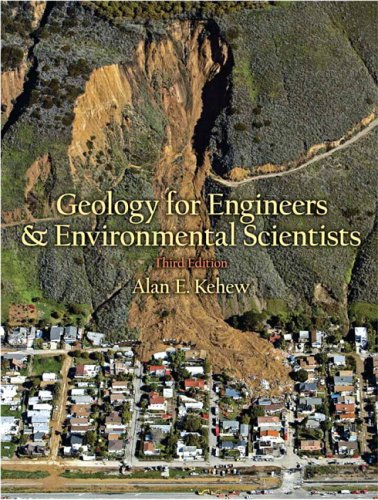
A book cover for Geology for Engineers and Environmental Scientists (3rd Edition); Alan E. Kehew; Science & Math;